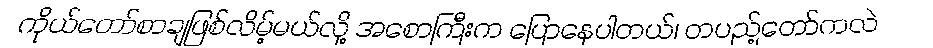
ကိုယ်တော်စာချဖြစ်လိမ့်မယ်လို့ အစောကြီးက ပြောနေပါတယ်၊ တပည့်တော်ကလဲ